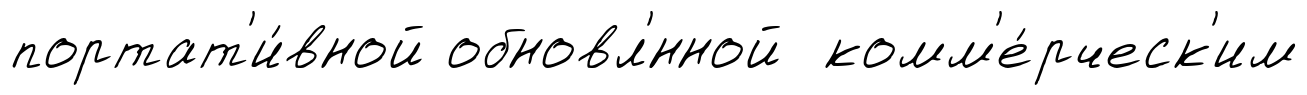
портат'и́вной обновл'́нной комм'е́рческ'им